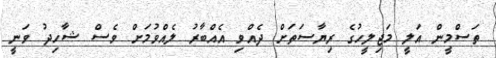
ތަސްމީން އަލީ މަޖިލީހުގެ ރިޔާސަތަށް ދެއްވި އެއްބާރު ލެއްވުމަށް ވެސް ޝާހިދު ވަނީ